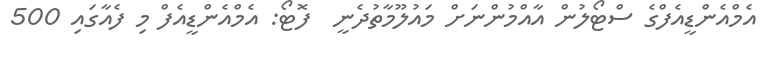
އެމްއެންޑީއެފްގެ ސްޓޯލުން އާއްމުންނަށް މައުލޫމާތުދެނީ  ފޮޓޯ: އެމްއެންޑީއެފް މި ފެއާގައި 500